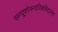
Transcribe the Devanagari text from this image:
सम्पूर्णानन्दविश्वविद्यालय